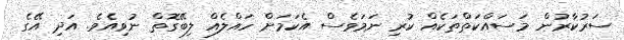
ސަރުކާރުން މަސައްކަތްތަކެއް ކުރި ނަމަވެސް އެކަމަށް ހައްލެއް ލިބޭގޮތް ނުވިއެވެ. އަދި އޭގެ